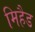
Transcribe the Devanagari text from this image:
मिहैड